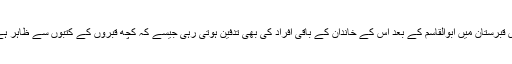
اس قبرستان میں ابوالقاسم کے بعد اس کے خاندان کے باقی افراد کی بھی تدفین ہوتی رہی جیسے کہ کچھ قبروں کے کتبوں سے ظاہر ہے۔